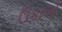
ઉકાળો